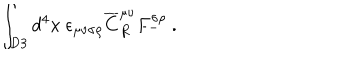
\int _ { \mathrm { D 3 } } d ^ { 4 } x ~ \epsilon _ { \mu \nu \sigma \rho } { \overline { { C } } } _ { R } ^ { \mu \nu } F _ { - } ^ { \sigma \rho } ~ .